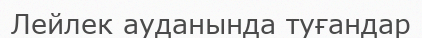
Лейлек ауданында туғандар